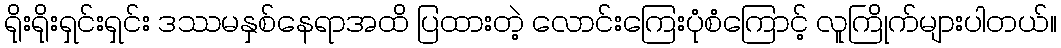
ရိုးရိုးရှင်းရှင်း ဒဿမနှစ်နေရာအထိ ပြထားတဲ့ လောင်းကြေးပုံစံကြောင့် လူကြိုက်များပါတယ်။